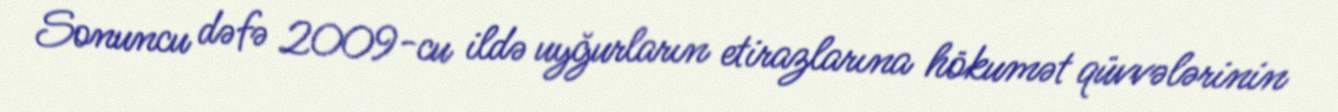
Sonuncu dəfə 2009-cu ildə uyğurların etirazlarına hökumət qüvvələrinin